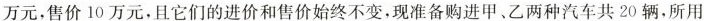
万元，售价10万元，且它们的进价和售价始终不变，现准备购进甲、乙两种汽车共20辆，所用